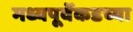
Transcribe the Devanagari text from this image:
मध्यपूर्वेकडच्या